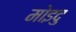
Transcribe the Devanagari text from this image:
मोइदु